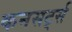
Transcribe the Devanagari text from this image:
कनसर्ट्स